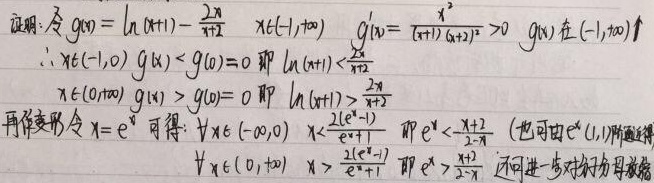
证明:令\(g(x)=\ln(x + 1)-\frac{2x}{x + 2}\quad x\in(-1,+\infty)\quad g^{\prime}(x)=\frac{x^{2}}{(x + 1)(x + 2)^{2}}>0\quad g(x)\text{在}(-1,+\infty)\uparrow\)
\(\therefore x\in(-1,0)\quad g(x)<g(0)=0\text{即}\ln(x + 1)<\frac{2x}{x + 2}\)
\(x\in(0,+\infty)\quad g(x)>g(0)=0\text{即}\ln(x + 1)>\frac{2x}{x + 2}\)
再作变形令\(x = e^{x}\)可得:\(\forall x\in(-\infty,0)\quad x<\frac{2(e^{x}-1)}{e^{x}+1}\text{即}e^{x}<\frac{x + 2}{2 - x}\)(也可由\(e^{x}(1,1)\)附近证得)
\(\forall x\in(0,+\infty)\quad x>\frac{2(e^{x}-1)}{e^{x}+1}\text{即}e^{x}>\frac{x + 2}{2 - x}\)还可进一步对分子分母放缩